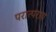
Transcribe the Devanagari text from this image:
परात्पराय